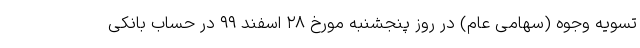
تسویه وجوه (سهامی عام) در روز پنجشنبه مورخ ۲۸ اسفند ۹۹ در حساب بانکی